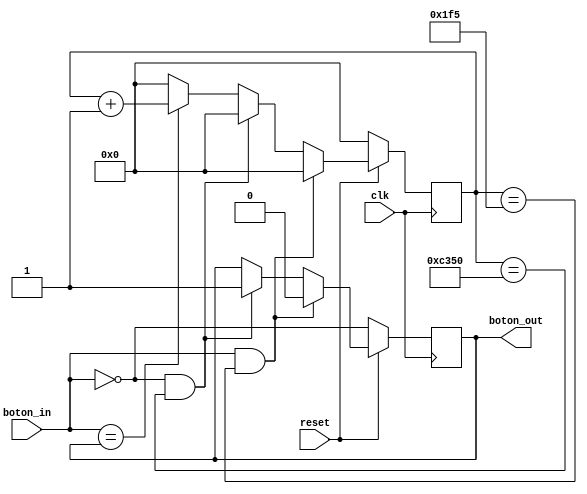
module Boton_AR #(parameter COUNT_BOT=50000)(
	input reset,
	input clk,
	input boton_in,
	output reg boton_out
);

reg [$clog2(COUNT_BOT)-1:0] counter;


// antirebote  energia
always @(posedge clk) begin
	if (~reset)begin
		counter <=0;
		boton_out<=~boton_in;
	end else begin
		if (boton_in==boton_out) begin
			counter <= counter+1;			
		end else begin
			counter<=0;			
		end
		if (boton_in==0 && counter==COUNT_BOT)begin
 // 			boton_out<=~boton_out;
	 			boton_out<=1;
				counter<=0;
				
		end
		if (boton_in==1 && counter==COUNT_BOT/100+1)begin
 // 			boton_out<=~boton_out;
	 			boton_out<=0;
				counter<=0;
				
		end
	
	end
		

end	


endmodule